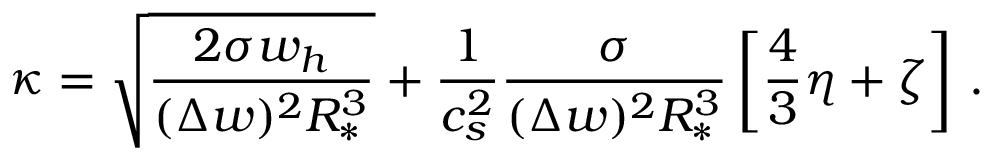
\kappa = \sqrt { \frac { 2 \sigma w _ { h } } { ( \Delta w ) ^ { 2 } R _ { * } ^ { 3 } } } + \frac { 1 } { c _ { s } ^ { 2 } } \frac { \sigma } { ( \Delta w ) ^ { 2 } R _ { * } ^ { 3 } } \left[ \frac { 4 } { 3 } \eta + \zeta \right] \, .